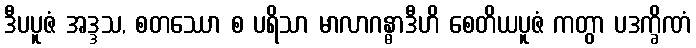
ဒီပပူဇံ အဒ္ဒသ, စတဿော စ ပရိသာ မာလာဂန္ဓာဒီဟိ စေတိယပူဇံ ကတွာ ပဒက္ခိဏံ